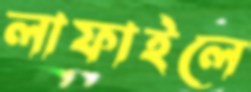
লাফাইলে